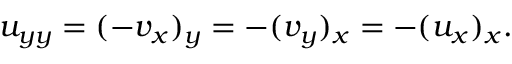
u _ { y y } = ( - v _ { x } ) _ { y } = - ( v _ { y } ) _ { x } = - ( u _ { x } ) _ { x } .